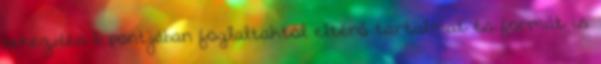
bekezdés b pontjában foglaltaktól eltérő tartalmat és formát is